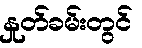
နှုတ်ခမ်းတွင်